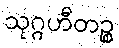
သုဂ္ဂဟီတဉ္စ